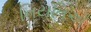
નિયતિએ